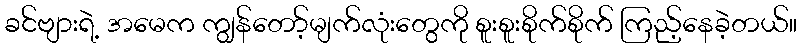
ခင်ဗျားရဲ့ အမေက ကျွန်တော့်မျက်လုံးတွေကို စူးစူးစိုက်စိုက် ကြည့်နေခဲ့တယ်။